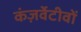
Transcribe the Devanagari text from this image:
कंज़र्वेटीवों